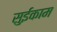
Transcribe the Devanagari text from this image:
सुईकाम